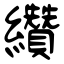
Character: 纘